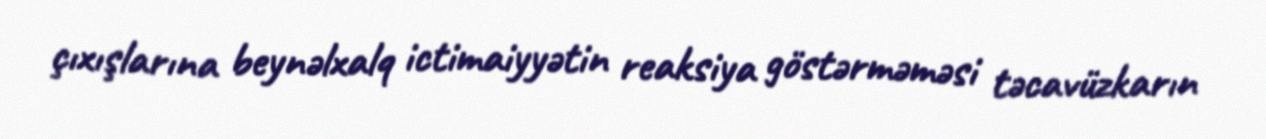
çıxışlarına beynəlxalq ictimaiyyətin reaksiya göstərməməsi təcavüzkarın